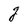
Character: g